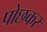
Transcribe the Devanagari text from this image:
पोछकर